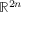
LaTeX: \mathbb { R } ^ { 2 n }